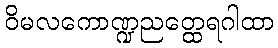
ဝိမလကောဏ္ဍညတ္ထေရဂါထာ